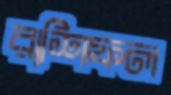
রাশিফল